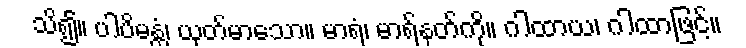
သိ၍။ ပါပိမန္တံ၊ ယုတ်မာသော။ မာရံ၊ မာရ်နတ်ကို။ ဂါထာယ၊ ဂါထာဖြင့်။